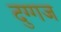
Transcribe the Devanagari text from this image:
दुग्गज